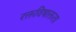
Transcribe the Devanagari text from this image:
रक्तविषाक्तता